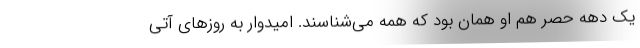
یک دهه حصر هم او همان بود که همه می‌شناسند. امیدوار به روزهای آتی